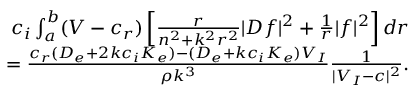
\begin{array} { r } { c _ { i } \int _ { a } ^ { b } ( V - c _ { r } ) \left[ \frac { r } { n ^ { 2 } + k ^ { 2 } r ^ { 2 } } | D f | ^ { 2 } + \frac { 1 } { r } | f | ^ { 2 } \right] d r } \\ { = \frac { c _ { r } ( D _ { e } + 2 k c _ { i } K _ { e } ) - ( D _ { e } + k c _ { i } K _ { e } ) V _ { I } } { \rho k ^ { 3 } } \frac { 1 } { | V _ { I } - c | ^ { 2 } } . } \end{array}